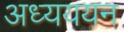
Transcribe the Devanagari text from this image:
अध्यययन